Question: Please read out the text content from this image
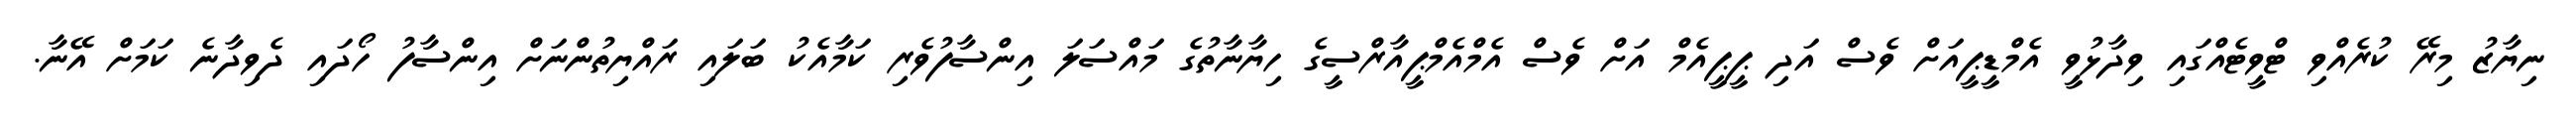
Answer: ނިޔާޒު މިރޭ ކުރެއްވި ޓްވީޓެއްގައި ވިދާޅުވީ އެމްޑީޕީއަށް ވެސް އަދި ޕީޕީއެމް އަށް ވެސް އެމްއެމްޕީއާރްސީގެ ހިޔާނާތުގެ މައްސަލަ އިންސާފުވެރި ކަމާއެކު ބަލައި ރައްޔިތުންނަށް އިންސާފު ހޯދައި ދެވިދާނެ ކަމަށް އޭނާ.